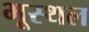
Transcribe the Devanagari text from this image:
भूस्थल